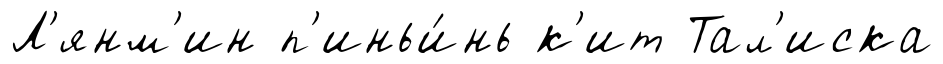
Л'янм'ин п'иньи́нь к'ит Тал'иска